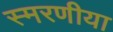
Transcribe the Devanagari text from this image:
स्मरणीया